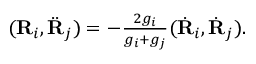
\begin{array} { r } { ( { \bf R } _ { i } , \ddot { \bf R } _ { j } ) = - \frac { 2 g _ { i } } { g _ { i } + g _ { j } } ( \dot { \bf R } _ { i } , \dot { \bf R } _ { j } ) . } \end{array}